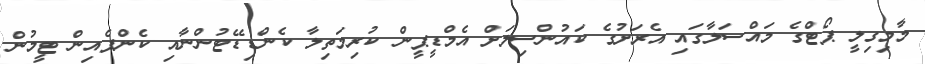
މާމިގިލީ ޕޯޓްގެ މައްސަލާގައި އެރަށުގެ ކައުންސިލަށް އެމްޑީޕީން ކުރިމަތިލާ ކެންޑިޑޭޓުންނާއި ކެންޕެއިން ޓީމުން